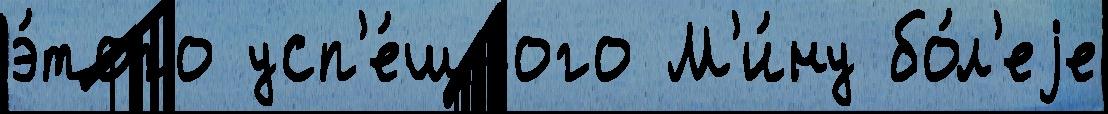
э́того усп'е́шного М'и́ну бо́л'еjе